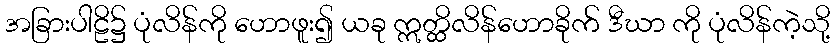
အခြားပါဠိ၌ ပုံလိန်ကို ဟောဖူး၍ ယခု ဣတ္ထိလိန်ဟောခိုက် ဒီဃာ ကို ပုံလိန်ကဲ့သို့